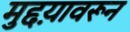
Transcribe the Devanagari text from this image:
मुद्दय़ावरून